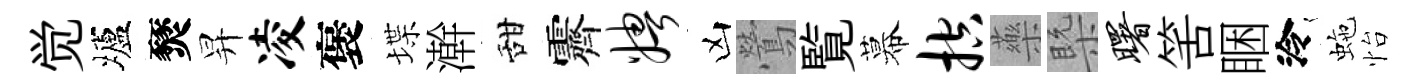
觉壚燹昇凌褒堞澣甜霽娉凶鶯覧幕控藥槩曙筈睏泠虵怡